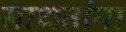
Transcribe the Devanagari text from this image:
साधतांना